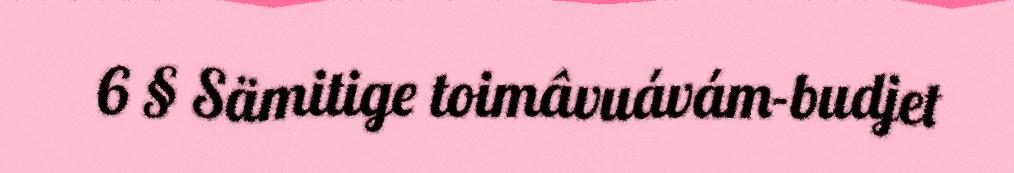
6 § Sämitige toimâvuávám-budjet